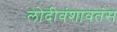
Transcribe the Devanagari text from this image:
लोदीवंशावतंस